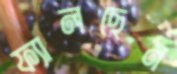
ফ্যালছেন